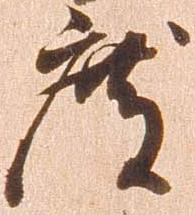
度